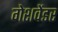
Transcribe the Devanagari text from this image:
गेशवेंडर